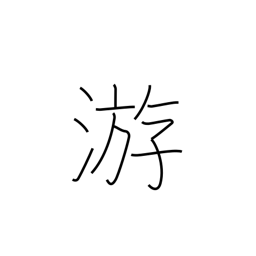
Meaning: float